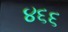
૪૬૬